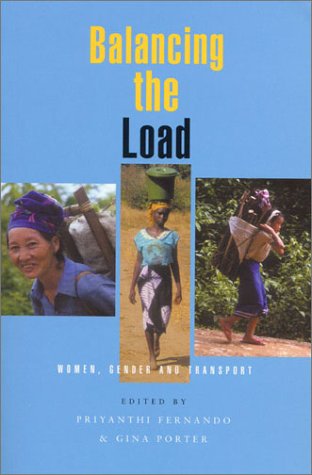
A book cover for Balancing the Load: Women, Gender and Transport; Engineering & Transportation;